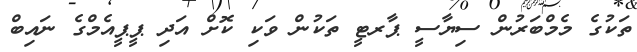
ތަކުގެ މެމްބަރުން ސިޔާސީ ޕާރޓީ ތަކުން ވަކި ކޮށް އަދި ޕީޕީއެމްގެ ނައިބް